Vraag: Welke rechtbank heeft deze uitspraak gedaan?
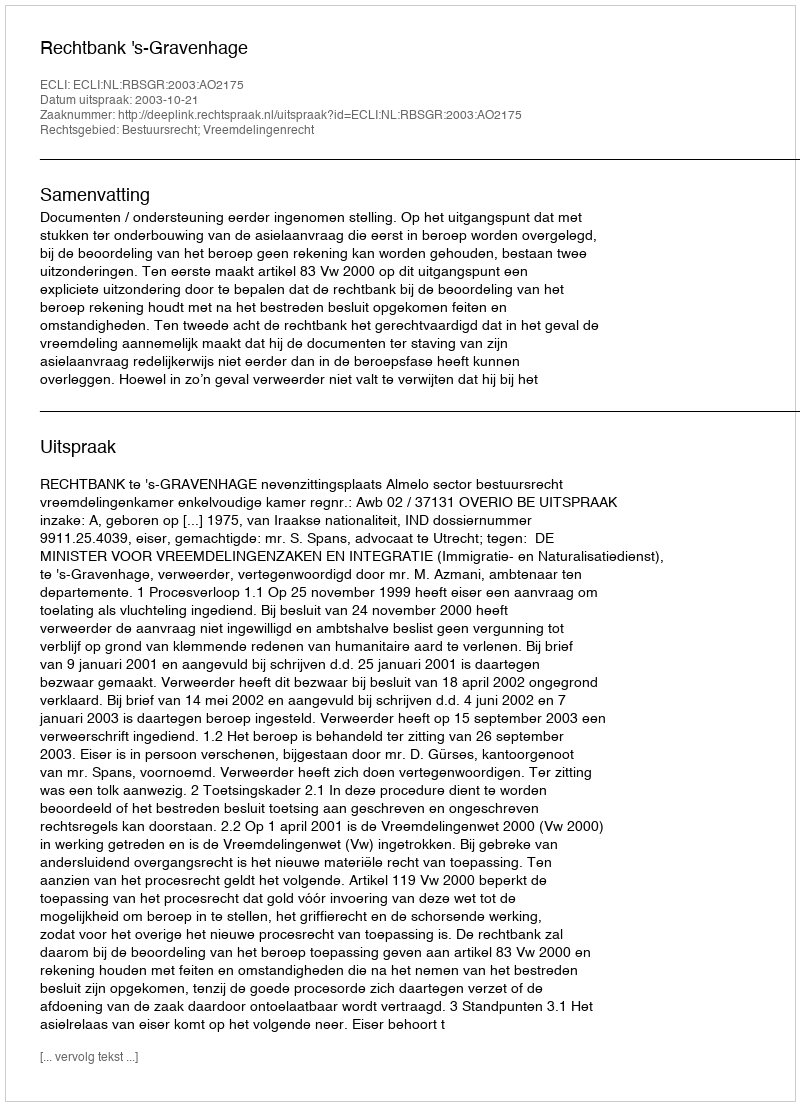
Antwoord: Rechtbank 's-Gravenhage